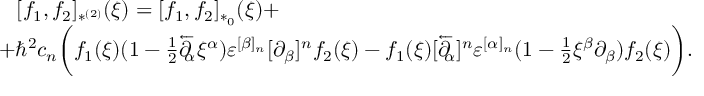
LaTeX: \begin{array} { l } { { \, \, \, \, \, [ f _ { 1 } , f _ { 2 } ] _ { * ^ { ( 2 ) } } ( \xi ) = [ f _ { 1 } , f _ { 2 } ] _ { * _ { 0 } } ( \xi ) + } } \\ { { + \hbar ^ { 2 } c _ { n } \biggl ( f _ { 1 } ( \xi ) ( 1 - { \frac { 1 } { 2 } } \overleftarrow \partial \! \! _ { \alpha } \xi ^ { \alpha } ) \varepsilon ^ { [ \beta ] _ { n } } [ \partial _ { \beta } ] ^ { n } f _ { 2 } ( \xi ) - f _ { 1 } ( \xi ) [ \overleftarrow \partial \! \! _ { \alpha } ] ^ { n } \varepsilon ^ { [ \alpha ] _ { n } } ( 1 - { \frac { 1 } { 2 } } \xi ^ { \beta } \partial _ { \beta } ) f _ { 2 } ( \xi ) \biggr ) . } } \end{array}